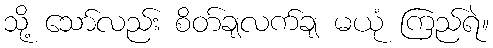
သို့ သော်လည်း စိတ်ချလက်ချ မယုံ ကြည်ရဲ။